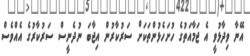
އޭނާ ވިދާޅުވީ އެ ޖަމާއަތުގެ ހުށަހެޅުންތަކަށް ސަރުކާރުން އިޖާބަ ނުދެނީސް ސަރުކާރުގެ އެއްވެސް